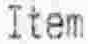
ITEM